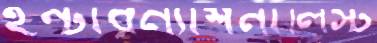
ইন্টারন্যাশনালিস্ট